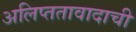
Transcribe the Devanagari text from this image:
अलिप्ततावादाची